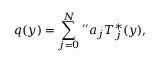
q ( y ) = \sum _ { j = 0 } ^ { N } { } ^ { \prime \prime } a _ { j } T _ { j } ^ { * } ( y ) ,